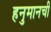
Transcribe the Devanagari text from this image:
हनुमानची